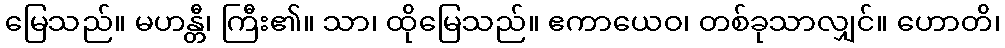
မြေသည်။ မဟန္တီ၊ ကြီး၏။ သာ၊ ထိုမြေသည်။ ဧကာယေဝ၊ တစ်ခုသာလျှင်။ ဟောတိ၊